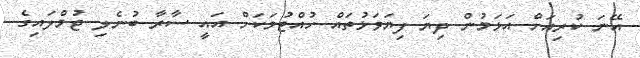
އޭނަ ކުރިއަށް އަޅަމުން ދިޔަ ފިޔަވަޅުތައް ހުއްޓުމަކަށް އައީ ސާރާ ބުނެލި ޖުމްލައިގެ